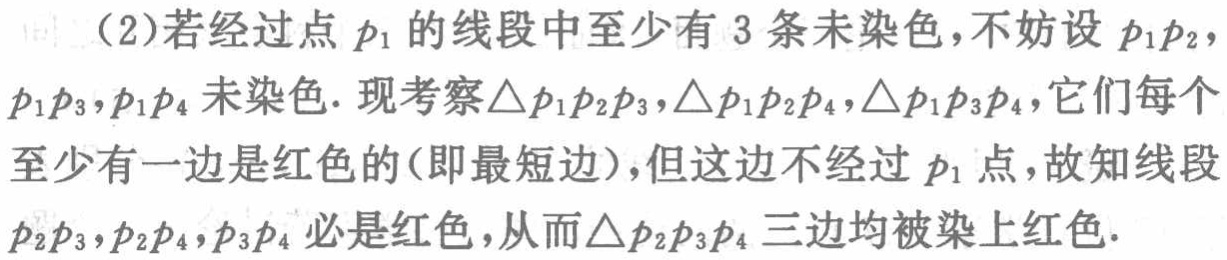
(2)若经过点 \(p_1\) 的线段中至少有 \(3\) 条未染色，不妨设 \(p_1p_2\)，\(p_1p_3\)，\(p_1p_4\) 未染色. 现考察 \(\triangle p_1p_2p_3\)，\(\triangle p_1p_2p_4\)，\(\triangle p_1p_3p_4\)，它们每个至少有一边是红色的(即最短边)，但这边不经过 \(p_1\) 点，故知线段 \(p_2p_3\)，\(p_2p_4\)，\(p_3p_4\) 必是红色，从而 \(\triangle p_2p_3p_4\) 三边均被染上红色.